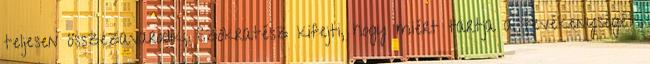
teljesen összezavarodik, Szókratész kifejti, hogy miért tartja a tevékenységét